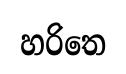
හරිතෙ